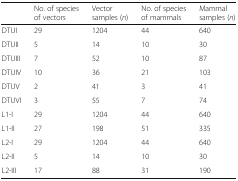
<table><thead><tr><td></td><td><b>No. of species of vectors</b></td><td><b>Vector samples (<i>n</i>)</b></td><td><b>No. of species of mammals</b></td><td><b>Mammal samples (<i>n</i>)</b></td></tr></thead><tbody><tr><td>DTUI</td><td>29</td><td>1204</td><td>44</td><td>640</td></tr><tr><td>DTUII</td><td>5</td><td>14</td><td>10</td><td>30</td></tr><tr><td>DTUIII</td><td>7</td><td>52</td><td>10</td><td>87</td></tr><tr><td>DTUIV</td><td>10</td><td>36</td><td>21</td><td>103</td></tr><tr><td>DTUV</td><td>2</td><td>41</td><td>3</td><td>41</td></tr><tr><td>DTUVI</td><td>3</td><td>55</td><td>7</td><td>74</td></tr><tr><td>L1-I</td><td>29</td><td>1204</td><td>44</td><td>640</td></tr><tr><td>L1-II</td><td>27</td><td>198</td><td>51</td><td>335</td></tr><tr><td>L2-I</td><td>29</td><td>1204</td><td>44</td><td>640</td></tr><tr><td>L2-II</td><td>5</td><td>14</td><td>10</td><td>30</td></tr><tr><td>L2-III</td><td>17</td><td>88</td><td>31</td><td>190</td></tr></tbody></table>